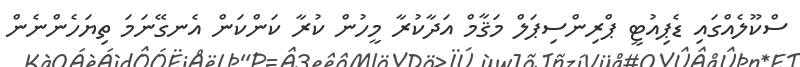
ސްކޫލެއްގައި ޑެޕިއުޓީ ޕްރިންސިޕަލް މަޤާމް އަދާކުރާ މީހުން ކުރާ ކަންކަން އެނގޭނަމަ ތިޔަހެންނެން